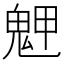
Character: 𩲳